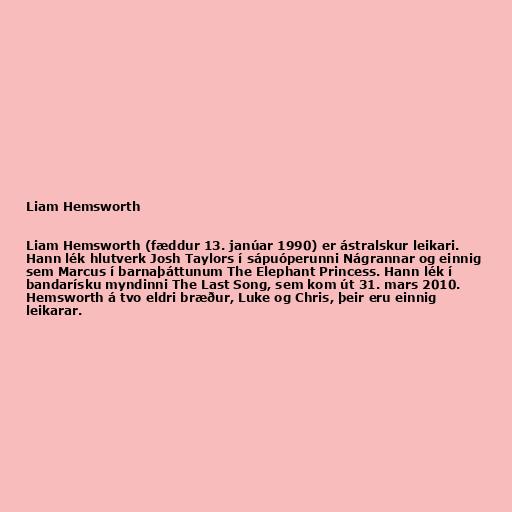
Liam Hemsworth

Liam Hemsworth (fæddur 13. janúar 1990) er ástralskur leikari.
Hann lék hlutverk Josh Taylors í sápuóperunni Nágrannar og einnig
sem Marcus í barnaþáttunum The Elephant Princess. Hann lék í
bandarísku myndinni The Last Song, sem kom út 31. mars 2010.
Hemsworth á tvo eldri bræður, Luke og Chris, þeir eru einnig
leikarar.